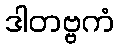
ဒါတဗ္ဗကံ